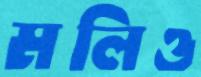
মলিও